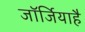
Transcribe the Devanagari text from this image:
जॉर्जियाहै